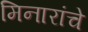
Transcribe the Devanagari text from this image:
मिनारांचे